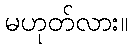
မဟုတ်လား။